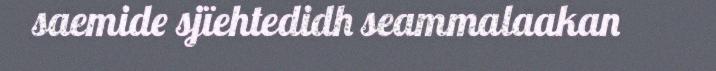
saemide sjïehtedidh seammalaakan